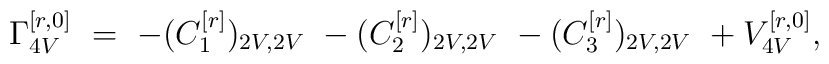
\Gamma_{4V}^{[r,0]} \ = \ -(C_{1}^{[r]})_{2V,2V}                         \ -(C_{2}^{[r]})_{2V,2V}                         \ -(C_{3}^{[r]})_{2V,2V}                         \ +V_{4V}^{[r,0]},